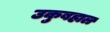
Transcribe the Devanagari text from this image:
उकुबहाल